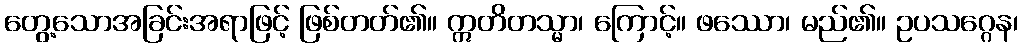
တွေ့သောအခြင်းအရာဖြင့် ဖြစ်တတ်၏။ ဣတိတသ္မာ၊ ကြောင့်။ ဖဿော၊ မည်၏။ ဥပသဂ္ဂေန၊